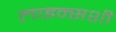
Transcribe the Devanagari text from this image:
लाइन्सशी